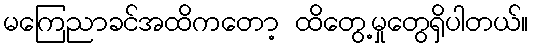
မကြေညာခင်အထိကတော့ ထိတွေ့မှုတွေရှိပါတယ်။